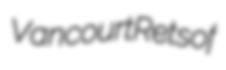
Vancourt Retsof